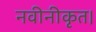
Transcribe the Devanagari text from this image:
नवीनीकृत।